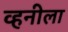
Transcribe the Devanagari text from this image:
व्हनीला